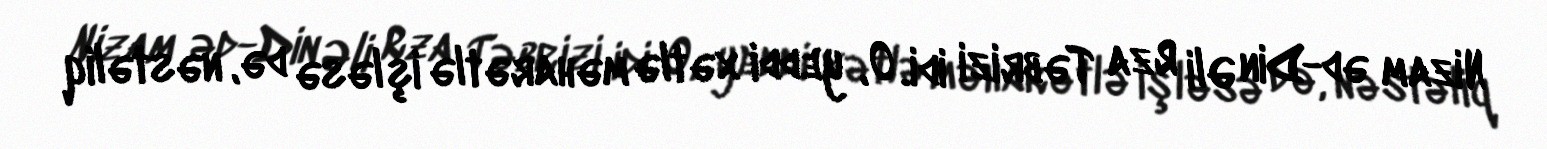
Nizam əd-Din Əli Rza Təbrizi idi. O, yeddi xətlə məharətlə işləsə də, nəstəliq